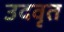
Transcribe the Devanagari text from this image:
उदवृत